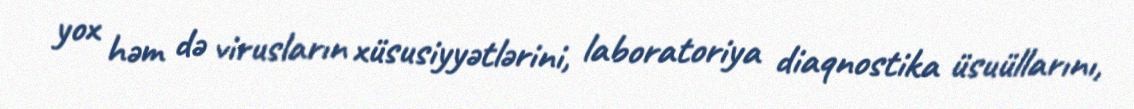
yox həm də virusların xüsusiyyətlərini, laboratoriya diaqnostika üsuüllarını,